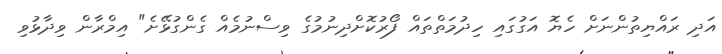
އަދި ރައްޔިތުންނަށް ހެޔޮ އަގުގައި ހިދުމަތްތައް ފޯރުކޮށްދިނުމުގެ ވިސްނުމެއް ގެންގުޅޭށެ" އިމްރާން ވިދާޅުވި